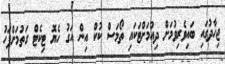
ޖިހާދުގައި ބައިވެރިވުމަށް ދިއުމަށްޓަކައި ތޯމަސް ކުކް އިން އަގު ހެޔޮ ޓިކެޓް ގަތުމަށްފަހު